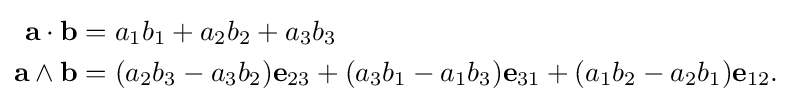
{\begin{aligned}\mathbf {a} \cdot \mathbf {b} &=a_{1}b_{1}+a_{2}b_{2}+a_{3}b_{3}\\\mathbf {a} \wedge \mathbf {b} &=(a_{2}b_{3}-a_{3}b_{2})\mathbf {e} _{23}+(a_{3}b_{1}-a_{1}b_{3})\mathbf {e} _{31}+(a_{1}b_{2}-a_{2}b_{1})\mathbf {e} _{12}.\end{aligned}}